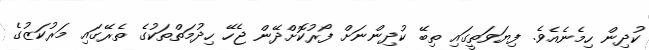
ކުދިން ހިމެނެއެވެ. ފިޔަވަތީގައި ތިބޭ ކުދިންނަށް ފޯރުކޮށްދޭން ޖެހޭ ހިދުމަތްތަކުގެ ތެރޭގައި މަރުކަޒުގެ